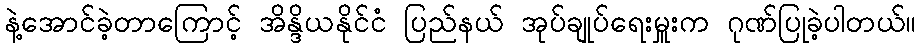
နဲ့အောင်ခဲ့တာကြောင့် အိန္ဒိယနိုင်ငံ ပြည်နယ် အုပ်ချုပ်ရေးမှူးက ဂုဏ်ပြုခဲ့ပါတယ်။